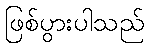
ဖြစ်ပွားပါသည်